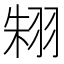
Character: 𦐨